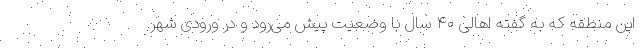
این منطقه که به گفته اهالی ۴۰ سال با وضعیت پیش می‌رود و در ورودی شهر